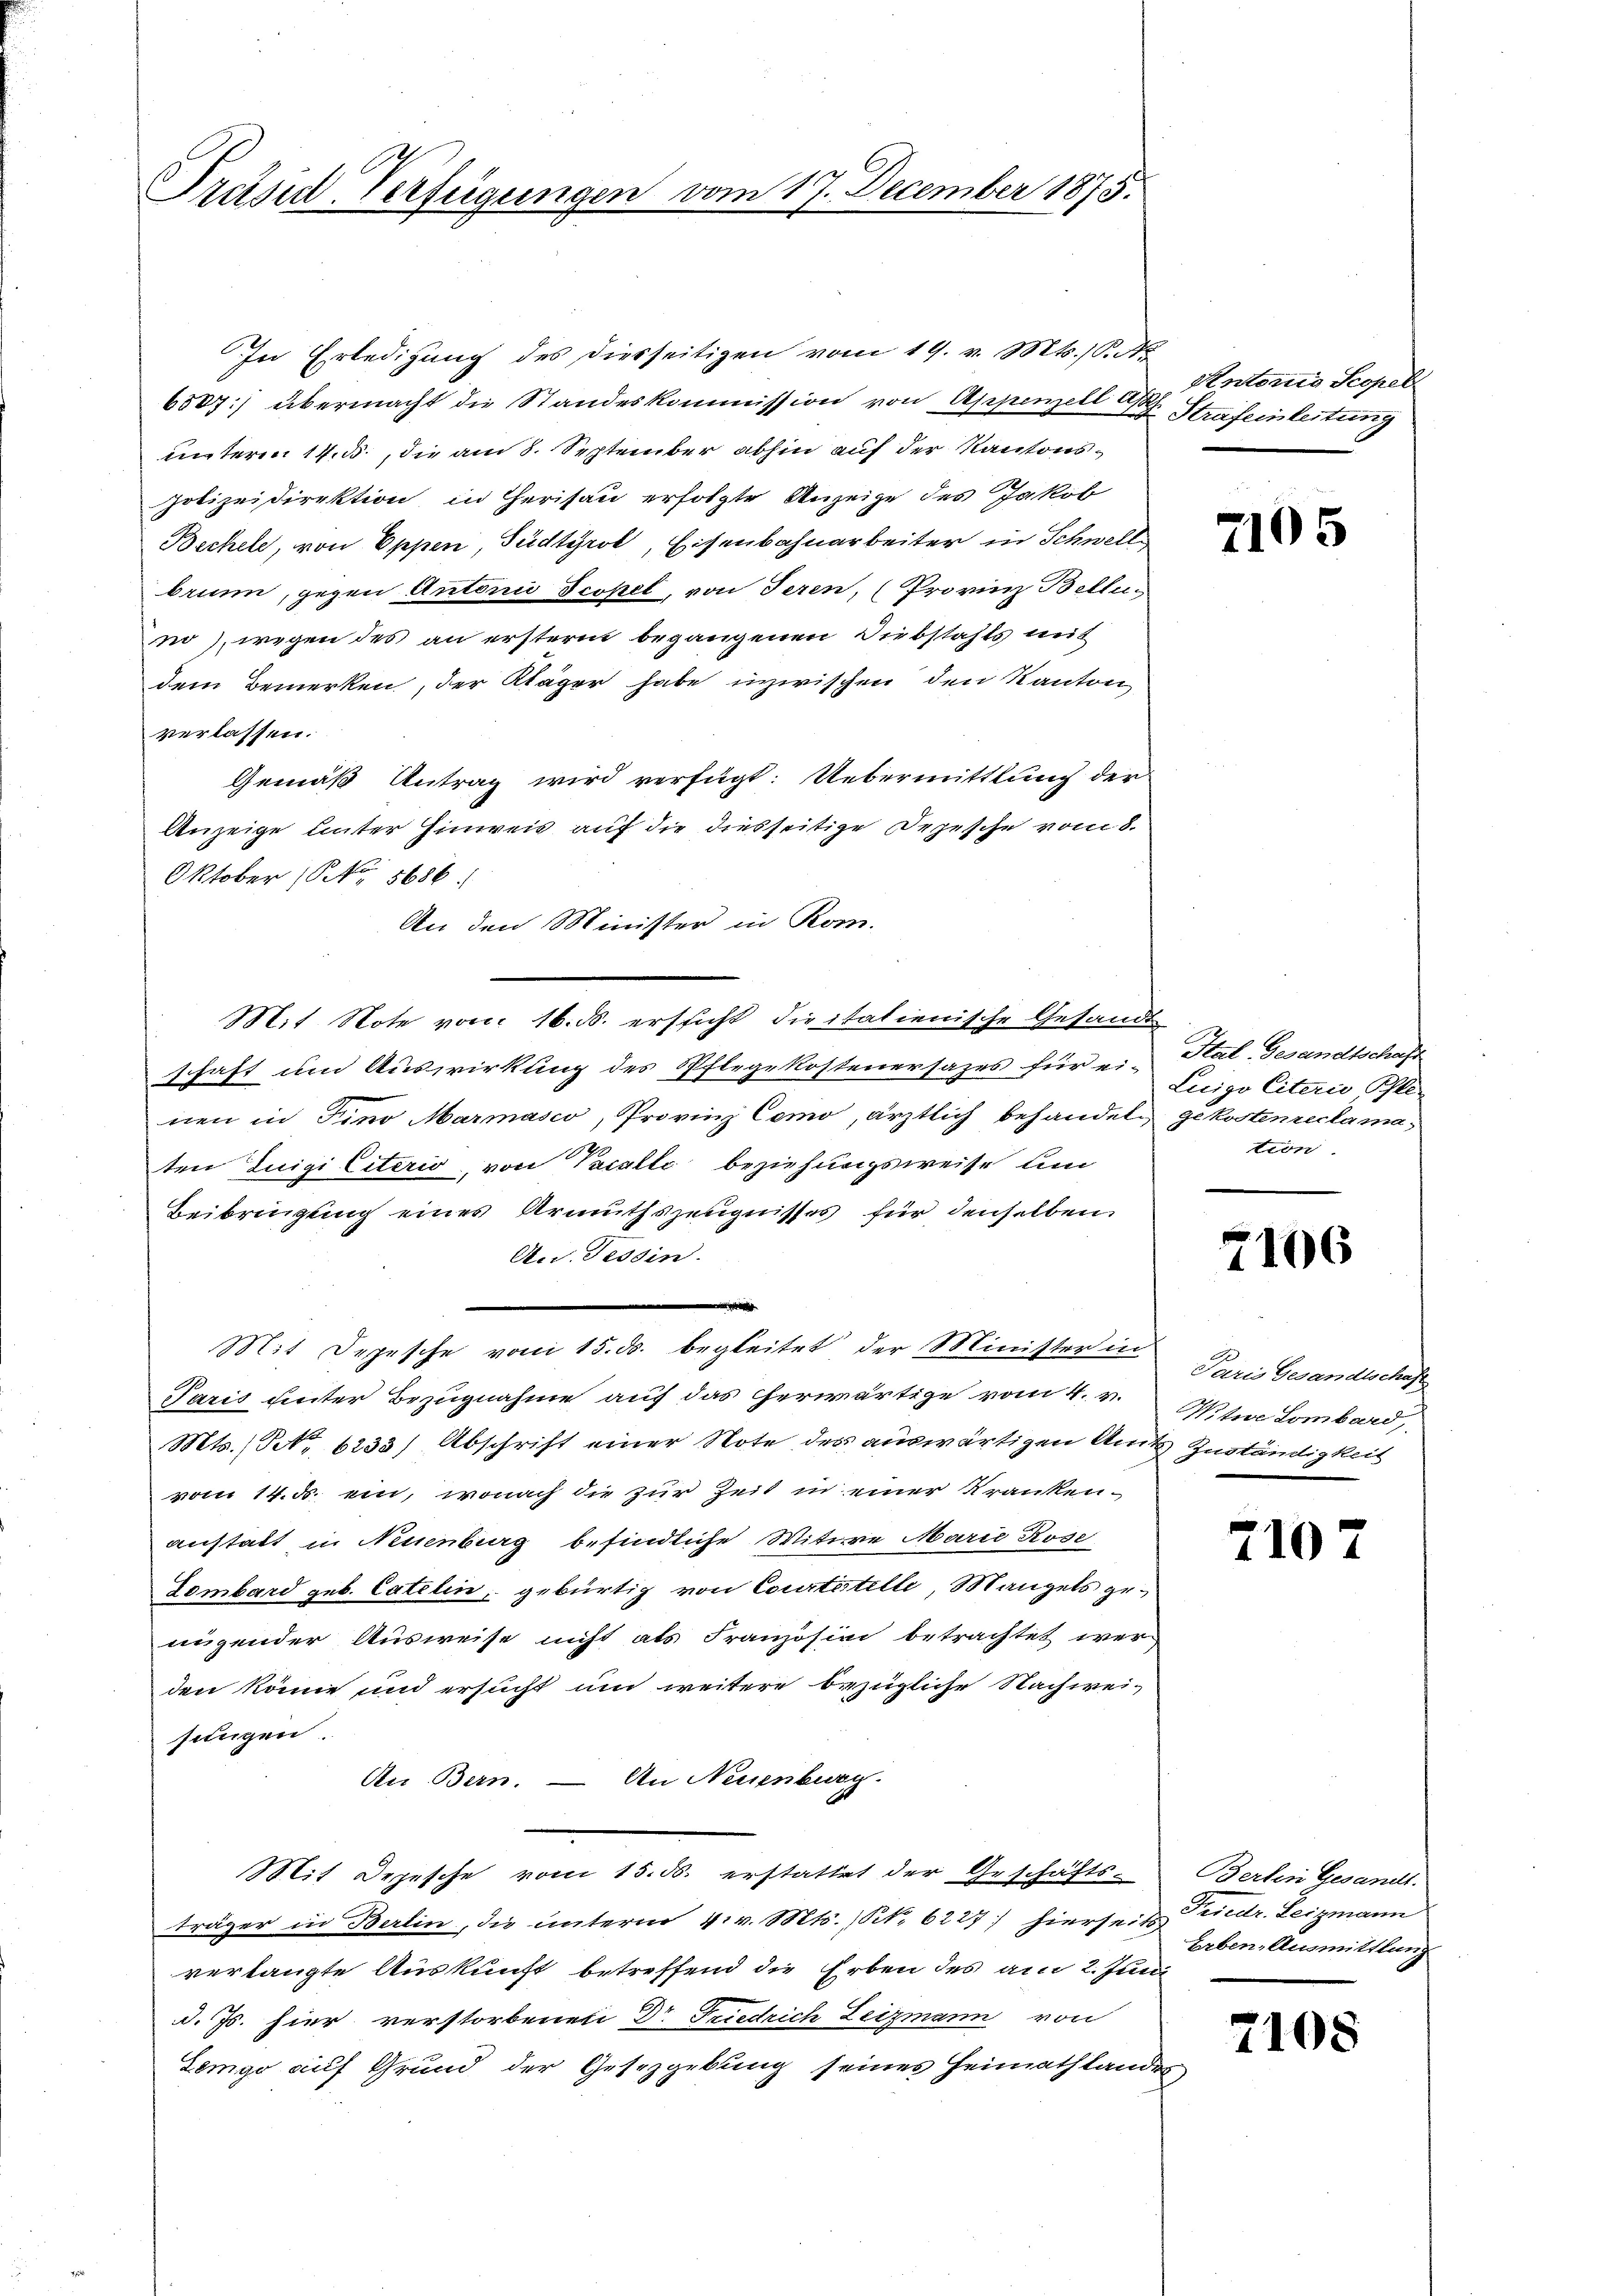
Präsid-Verfügungen vom 17. December 1875.

In Erledigung des diesseitigen vom 19. v. Mts., Satz
6807] übermacht die Standeskommission von Appenzell der Strafeinleitung
unterm 14. ß., die am 8. September abhin auf der Kantonspolizeidirektion, in Herisau erfolgte Anzeige des Jakob
Bechele, von Oppen, Südtirol, Eisenbahnarbeiter in Schwell
brunn, gegen Antorii Scopel, von Seren, (Provinz Bellen
no), wegen des an ersterm begangenen Diebstahls mit
dem Bemerken, der Kläger habe inzwischen den Kanton
verlassen.
Gemäß Antrag wird verfügt: Uebermittlung der
Anzeige unter Hinweis auf die diesseitige Depesche vom 8.
Oktober (NNo. 5686.
An den Minister in Rom.
Mit Note vom 16. ds. ersticht diritatienische Gesandt
schaft um Auswirkung des Pflegekostenersazes für ei-Hal-Gesandtschaft
nen in Fino Marmasco, Provinz Como, ärztlich behandeln gekostenreclamaten Luigi Ceterio von Vacalle beziehungsweise un
Beibringung eines Armuthszeugnisses für denselben
Au. Tessin.
Mit Depesche vom 15. ds. begleitet der Minister in
Paris unter Bezugnahme auf das herwärtige vom 4. v.
Mts. No. 6233) Abschrift einer Note des auswärtigen Amts Zuständigkeit
vom 14. d. ein, wonach die zur Zeit in einer Kranken-
anstatt in Neuenburg befindliche Witwe Marie Rose
Lombard geb. Catelin, gebürtig von Courtestelle, Mangels genügender Ausweise nicht als Französind betrachtet wer
den könne und ersucht um weitere bezügliche Nachweisungen
An Bern. — An Neuenburg.
Mit Depesche vom 15. ds. erstattet der Geschäfts-Berten Gesandt-
träger in Berlin, die unterm 4. v. Mts. (N. 6227; hierseit Friedr. Leizmann
verlangte Auskunft betreffend die Erben des am 2. Juni
d. Js. hier verstorbenen Dr Friedrich Leizmann von
Lengo auf Grund der Gesetzgebung seines Heimathlandes

Antonio Scopel

7105

Luigo Eiterie Pfletion

7106

Paris Gesandtschaft
Nitwe Lombard,

710

Erben, Ausmittlung

2105